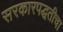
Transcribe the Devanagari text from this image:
सरकारपद्धतीचा